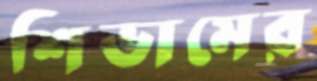
শিভামের